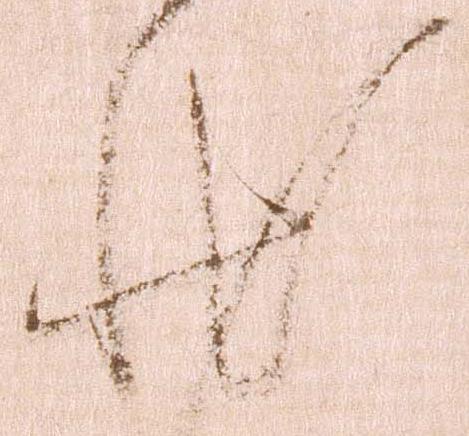
状